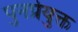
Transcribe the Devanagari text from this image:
पुनर्प्रयुक्त